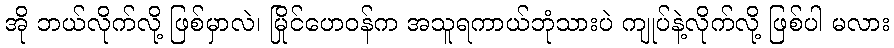
အို ဘယ်လိုက်လို့ ဖြစ်မှာလဲ၊ မြိုင်ဟေဝန်က အသူရကာယ်ဘုံသားပဲ ကျုပ်နဲ့လိုက်လို့ ဖြစ်ပါ မလား